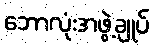
ဘောလုံးအဖွဲ့ချုပ်